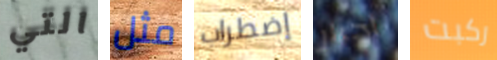
التي مثل إضطراب أحرار ركبت